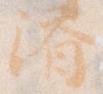
済